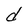
Character: d